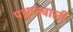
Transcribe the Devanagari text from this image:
पश्चातवाली